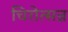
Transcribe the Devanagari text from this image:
चिरोत्सन्न